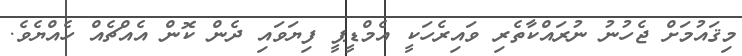
މިޤައުމަށް ޖެހުނު ނުރައްކާތެރި ވައިރެހަކީ އެމްޑީޕީ ފިޔަވައި ދެން ކޮން އެއްޗެއް ހެއްޔެވެ.